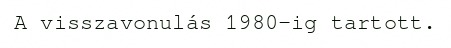
A visszavonulás 1980-ig tartott.